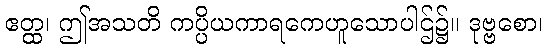
ဧတ္ထ၊ ဤအသတိ ကပ္ပိယကာရကေဟူသောပါဌ်၌။ ဒုဗ္ဗစော၊